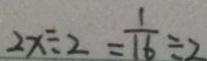
2 x \div 2 = \frac { 1 } { 1 6 } \div 2